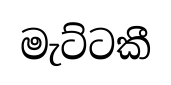
මැට්ටකී